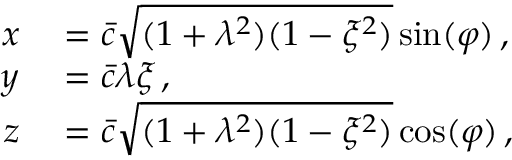
\begin{array} { r l } { x } & { { } = \bar { c } \sqrt { ( 1 + \lambda ^ { 2 } ) ( 1 - \xi ^ { 2 } ) } \sin ( \varphi ) \, , } \\ { y } & { { } = \bar { c } \lambda \xi \, , } \\ { z } & { { } = \bar { c } \sqrt { ( 1 + \lambda ^ { 2 } ) ( 1 - \xi ^ { 2 } ) } \cos ( \varphi ) \, , } \end{array}